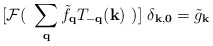
\begin{align*}[ {\mathcal{F}}(\mbox{ }\sum_{ {\bf{q}} }{\tilde{f}}_{ {\bf{q}} }T_{ -{\bf{q}} }({\bf{k}}) \mbox{ })]\mbox{ }\delta_{ {\bf{k}}, {\bf{0}} } = {\tilde{g}}_{ {\bf{k}} }\end{align*}